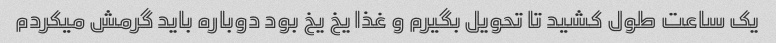
یک ساعت طول کشید تا تحویل بگیرم و غذا یخ یخ بود دوباره باید گرمش میکردم